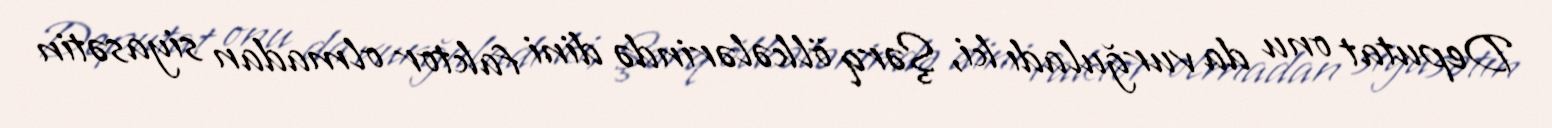
Deputat onu da vurğuladı ki, Şərq ölkələrində dini faktor olmadan siyasətin